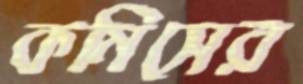
কমিসের